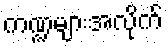
ကဏ္ဍများအလိုက်